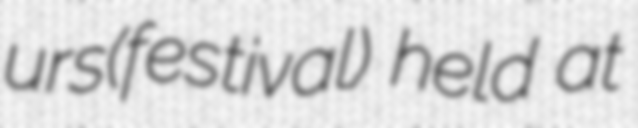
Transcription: urs(festival) held at